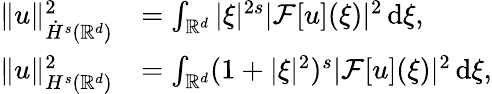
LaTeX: \begin{array}{rl}{\| u\| _{\dot{H}^{s}(\mathbb{R}^{d})}^{2}}&{=\int_{\mathbb{R}^{d}}|\xi|^{2s}|\mathcal{F}[u](\xi)|^{2}\, \mathrm{d}\xi,}\\ {\| u\| _{H^{s}(\mathbb{R}^{d})}^{2}}&{=\int_{\mathbb{R}^{d}}(1+|\xi|^{2})^{s}|\mathcal{F}[u](\xi)|^{2}\, \mathrm{d}\xi,}\end{array}